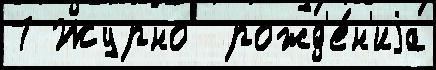
7 Журно  рожд'е́н'иjа